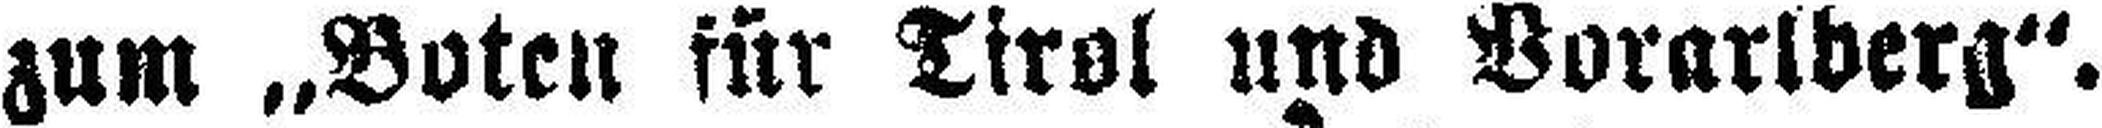
zum „Boten für Tirol und Vorarlberg“.